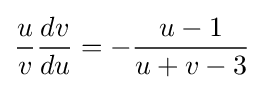
{\frac {u}{v}}{\frac {dv}{du}}=-{\frac {u-1}{u+v-3}}